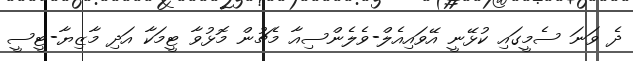
ދެ ވަނަ ސެމީގައި ކުޅޭނީ އޭވައިއެލް-ވެލެންސިއާ މެޗުން މޮޅުވާ ޓީމަކާ އަދި މާޒިޔާ-ޓީސީ